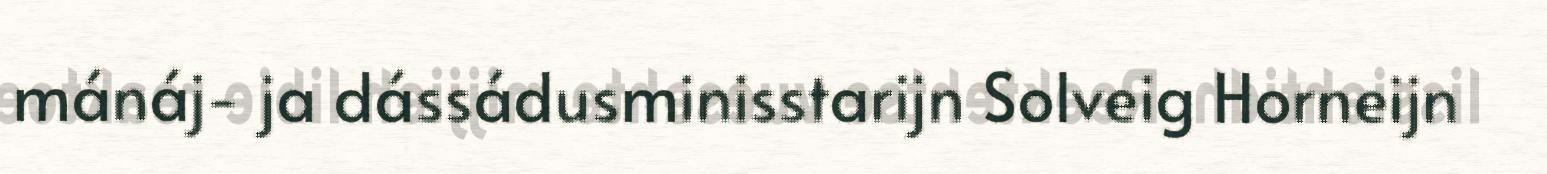
mánáj- ja dássádusminisstarijn Solveig Horneijn